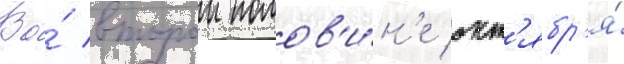
Во́ второи полов'и́н'е окт'ябр'я́